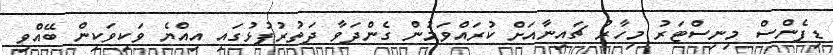
ޑިފެންސް މިނިސްޓަރު މިހާރު ޗައިނާއަށް ކުރައްވަމުން ގެންދަވާ ދަތުރުފުޅުގައި އިއްޔެ ވަކިވަކިން ބޭއްވި